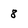
Character: 8